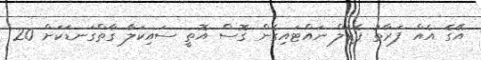
އޭގެ އެއް ފަރާތު ޕެޑަލް ނައްޓައިގެން ގޮސް އޮތީ ސައިކަލާ ގާތްގަނޑަކަށް 20